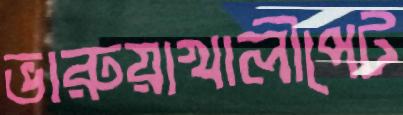
ভারুয়াখালীপেট